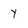
Character: y